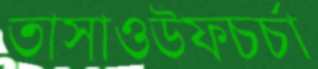
তাসাওউফচর্চা